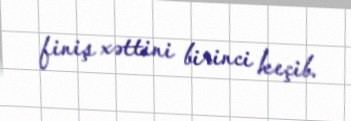
finiş xəttini birinci keçib.